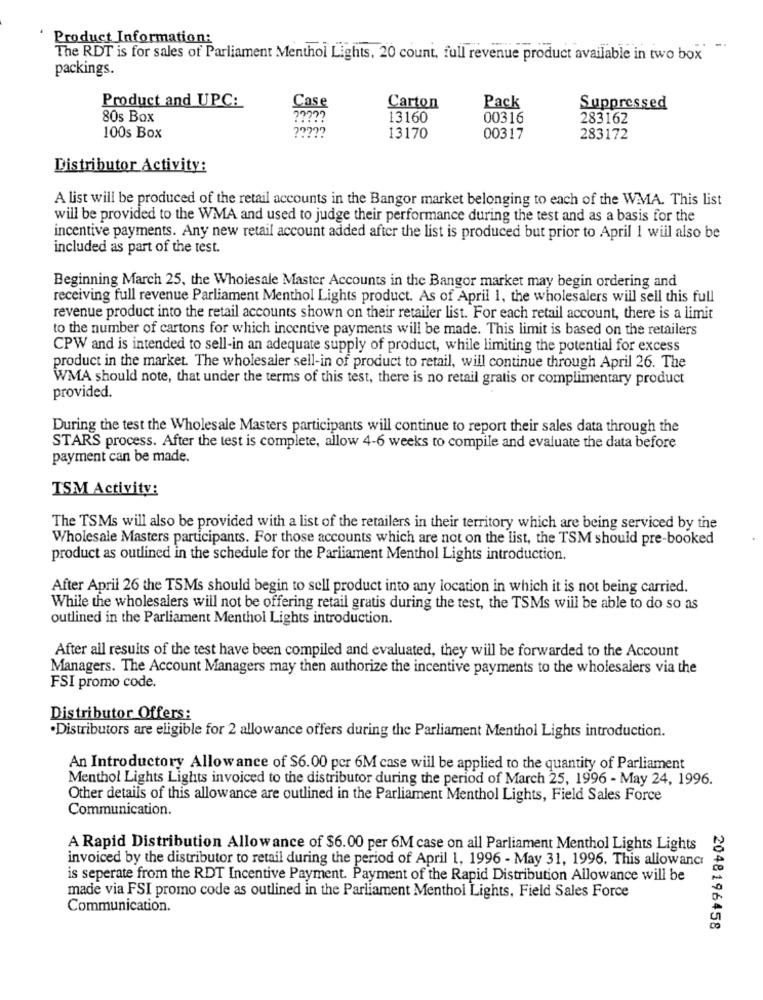
Product Information:
The RDT is for sales of Parliament Menthol Lights, 20 count, full revenue product available in two box
packings.
Case
Product and UPC:
Carton
Pack
Suppressed
80s Box
13160
00316
283162
77799
100s Box
13170
00317
283172
Distributor Activity:
A list will be produced of the retail accounts in the Bangor market belonging to each of the WMA. This list
will be provided to the WMA and used to judge their performance during the test and as a basis for the
incentive payments. Any new retail account added after the list is produced but prior to April I will also be
included as part of the test.
Beginning March 25, the Wholesale Master Accounts in the Bangor market may begin ordering and
receiving full revenue Parliament Menthol Lights product. As of April 1, the wholesalers will sell this full
revenue product into the retail accounts shown on their retailer list. For each retail account, there is a limit
to the number of cartons for which incentive payments will be made. This limit is based on the retailers
CPW and is intended to sell-in an adequate supply of product, while limiting the potential for excess
product in the market. The wholesaler sell-in of product to retail, will continue through April 26. The
WMA should note, that under the terms of this test, there is no retail gratis or complimentary product
provided.
During the test the Wholesale Masters participants will continue to report their sales data through the
STARS process. After the test is complete, allow 4-6 weeks to compile and evaluate the data before
payment can be made.
TSM Activity:
The TSMs will also be provided with a list of the retailers in their territory which are being serviced by the
Wholesale Masters participants. For those accounts which are not on the list, the TSM should pre-booked
product as outlined in the schedule for the Parliament Menthol Lights introduction.
After April 26 the TSMs should begin to sell product into any location in which it is not being carried.
While the wholesalers will not be offering retail gratis during the test, the TSMs will be able to do so as
outlined in the Parliament Menthol Lights introduction.
After all results of the test have been compiled and evaluated, they will be forwarded to the Account
Managers. The Account Managers may then authorize the incentive payments to the wholesalers via the
FSI promo code.
Distributor Offers:
.Distributors are eligible for 2 allowance offers during the Parliament Menthol Lights introduction.
An Introductory Allowance of $6.00 per 6M case will be applied to the quantity of Parliament
Menthol Lights Lights invoiced to the distributor during the period of March 25, 1996 - May 24, 1996.
Other details of this allowance are outlined in the Parliament Menthol Lights, Field Sales Force
Communication.
A Rapid Distribution Allowance of $6.00 per 6M case on all Parliament Menthol Lights Lights
invoiced by the distributor to retail during the period of April 1, 1996 - May 31, 1996. This allowance
is seperate from the RDT Incentive Payment. Payment of the Rapid Distribution Allowance will be
made via FSI promo code as outlined in the Parliament Menthol Lights, Field Sales Force
Communication.
2048196458